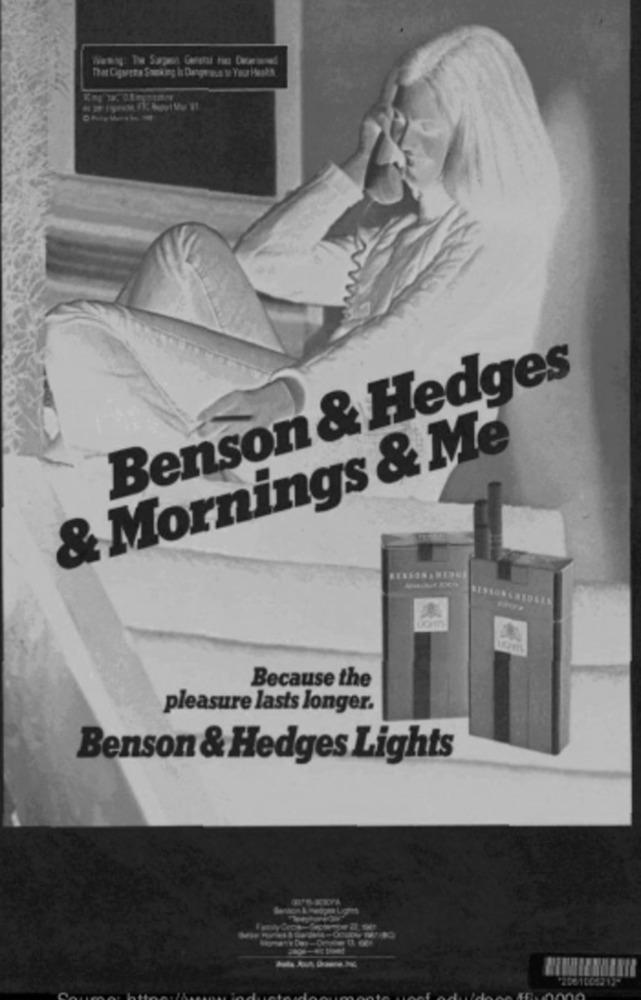
Benson & Hedges
& Mornings & Me
Because the
pleasure lasts longer.
Benson & Hedges Lights